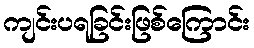
ကျင်းပရခြင်းဖြစ်ကြောင်း